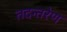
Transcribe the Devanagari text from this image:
तदन्तरेण